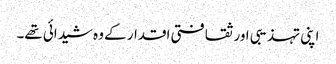
اپنی تہذیبی اور ثقافتی اقدار کے وہ شیدائی تھے۔